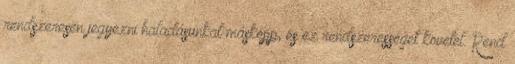
rendszeresen jegyezni haladásunkat másképp, és ez rendszerességet követel. Rend